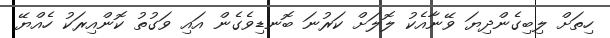
ހިތަށް ލިބިގެންދިޔަ ވޭނާއެކު ލޮލަށް ކަރުނަ ބޮނޑިވެގެން އައި ވަގުތު ކޮންއިރަކު ހެއްޔޭ